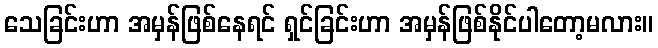
သေခြင်းဟာ အမှန်ဖြစ်နေရင် ရှင်ခြင်းဟာ အမှန်ဖြစ်နိုင်ပါတော့မလား။